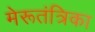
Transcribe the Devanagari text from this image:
मेरूतंत्रिका